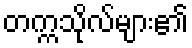
တက္ကသိုလ်များ၏